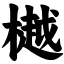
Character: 樾